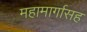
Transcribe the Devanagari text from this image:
महामार्गासह